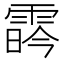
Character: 𩃛